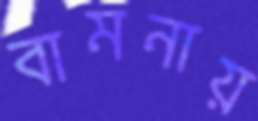
বামনায়